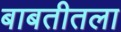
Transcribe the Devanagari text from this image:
बाबतीतला